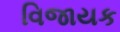
વિજાયક